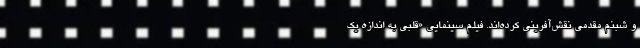
و شبنم مقدمی نقش‌آفرینی کرده‌اند. فیلم سینمایی «قلبی به اندازه یک